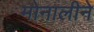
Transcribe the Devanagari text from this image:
मोनालीने